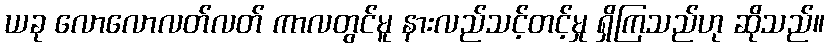
ယခု လောလောလတ်လတ် ကာလတွင်မူ နားလည်သင့်တင့်မှု ရှိကြသည်ဟု ဆိုသည်။